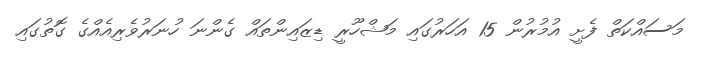
މަސައްކަތް ފެށީ އުމުރުން 15 އަހަރުގައި މަޝްހޫރީ ޑިޒައިންތައް ގެންނަ ހުނަރުވެރިއެއްގެ ގޮތުގައި